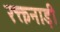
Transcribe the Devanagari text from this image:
रक्तनाड़ी